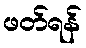
ဖတ်ရန်